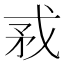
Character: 𢦵